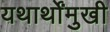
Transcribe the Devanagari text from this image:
यथार्थोंमुखी